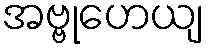
အဗ္ဗုဟေယျ